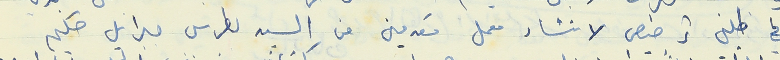
في طلبي ترخيص لانشاء معمل مقدمين من السيد بطرس جبرايل حكيم